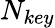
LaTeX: N_{key}